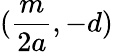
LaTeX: ({\frac{m}{2a}},-d)